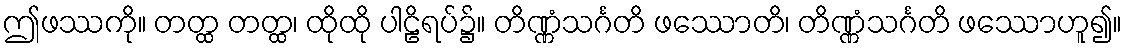
ဤဖဿကို။ တတ္ထ တတ္ထ၊ ထိုထို ပါဠိရပ်၌။ တိဏ္ဏံသင်္ဂတိ ဖဿောတိ၊ တိဏ္ဏံသင်္ဂတိ ဖဿောဟူ၍။